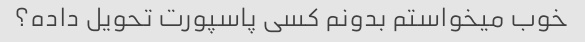
خوب میخواستم بدونم کسی پاسپورت تحویل داده؟